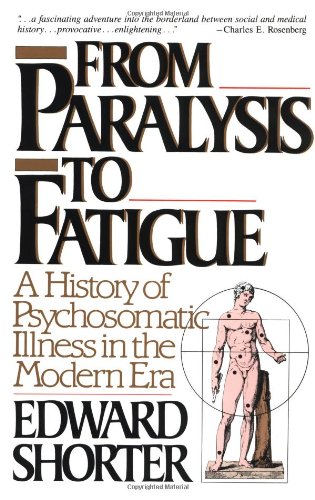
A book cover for From Paralysis to Fatigue: A History of Psychosomatic Illness in the Modern Era; Edward Shorter; Medical Books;